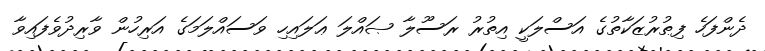
ދެންފަހެ ފިޠުރުޒަކާތުގެ އަސްލަކީ އިތުރު ރަސޫލާ ޞައްލަ ޢަލައިހި ވަސައްލަމަގެ އަރިހުން ވާރިދުވެފައިވާ